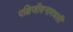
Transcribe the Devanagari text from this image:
पक्षिजीवनामधली